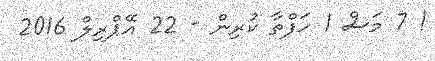
! 7 މަސް 1 ހަފްތާ ކުރިން - 22 އޭޕްރިލް 2016